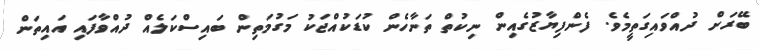
ބޭރަށް ދުއްވައިގަތީމެވެ. ފެންފިޔާޒުގެއިން ނިކުތް ތަނާހެން ކުޑަކުއްޖަކު މަގުމަތިން ބައިސްކަލެއް ދުއްވާފައި އައިތަން